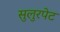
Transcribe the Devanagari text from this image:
सुलुरपेट